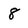
Character: 8